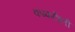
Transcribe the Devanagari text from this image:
कम्फर्टेब्ली